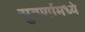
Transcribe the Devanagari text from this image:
सुवर्णामध्ये